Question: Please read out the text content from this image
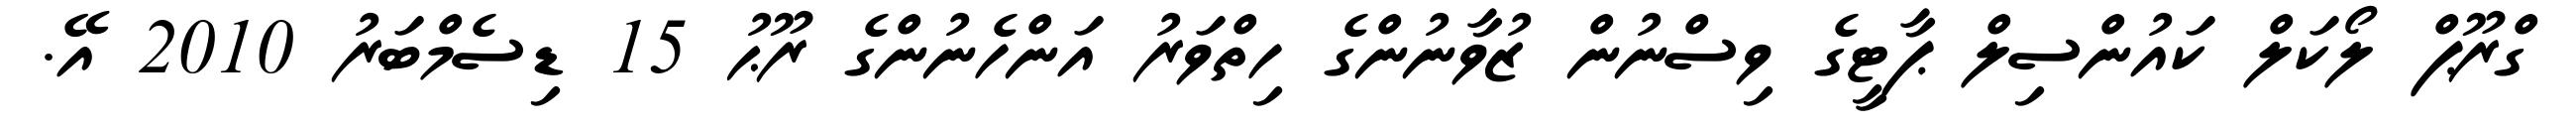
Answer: ގްރޫޕް ލޯކަލް ކައުންސިލް ޕާޓީގެ ވިސްނުން ޒުވާނުންގެ ހިތްވަރު އަންހެނުންގެ ރޫޙު 15 ޑިސެމްބަރު 2010 އޭ.